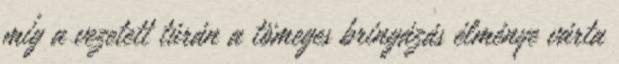
míg a vezetett túrán a tömeges bringázás élménye várta